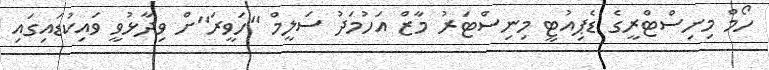
ހޯމް މިނިސްޓްރީގެ ޑެޕިއުޓީ މިނިސްޓަރު މާޒް އަހުމަދު ސަލީމް "ހަވީރަ"ށް ވިދާޅުވީ ވައިކުޑައިގައި